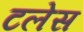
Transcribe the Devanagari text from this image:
टलेस